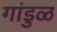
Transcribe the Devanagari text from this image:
गांडुळ